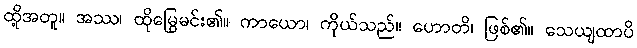
ထို့အတူ။ အဿ၊ ထိုမြွေမင်း၏။ ကာယော၊ ကိုယ်သည်။ ဟောတိ၊ ဖြစ်၏။ သေယျထာပိ